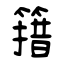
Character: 簎